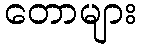
တောများ